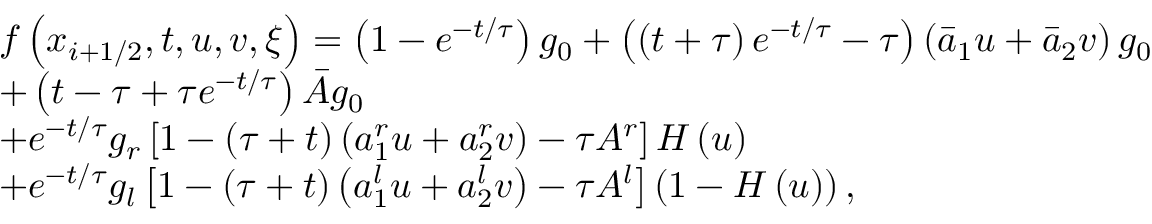
\begin{array} { r l } & { f \left( { { x } _ { i + 1 / 2 } } , t , u , v , \xi \right) = \left( 1 - { { e } ^ { - t / \tau } } \right) { { g } _ { 0 } } + \left( \left( t + \tau \right) { { e } ^ { - t / \tau } } - \tau \right) \left( { { { \bar { a } } } _ { 1 } } u + { { { \bar { a } } } _ { 2 } } v \right) { { g } _ { 0 } } } \\ & { + \left( t - \tau + \tau { { e } ^ { - t / \tau } } \right) \bar { A } { { g } _ { 0 } } } \\ & { + { { e } ^ { - t / \tau } } { { g } _ { r } } \left[ 1 - \left( \tau + t \right) \left( a _ { 1 } ^ { r } u + a _ { 2 } ^ { r } v \right) - \tau { { A } ^ { r } } \right] H \left( u \right) } \\ & { + { { e } ^ { - t / \tau } } { { g } _ { l } } \left[ 1 - \left( \tau + t \right) \left( a _ { 1 } ^ { l } u + a _ { 2 } ^ { l } v \right) - \tau { { A } ^ { l } } \right] \left( 1 - H \left( u \right) \right) , } \end{array}